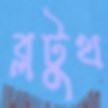
ব্লটুথ